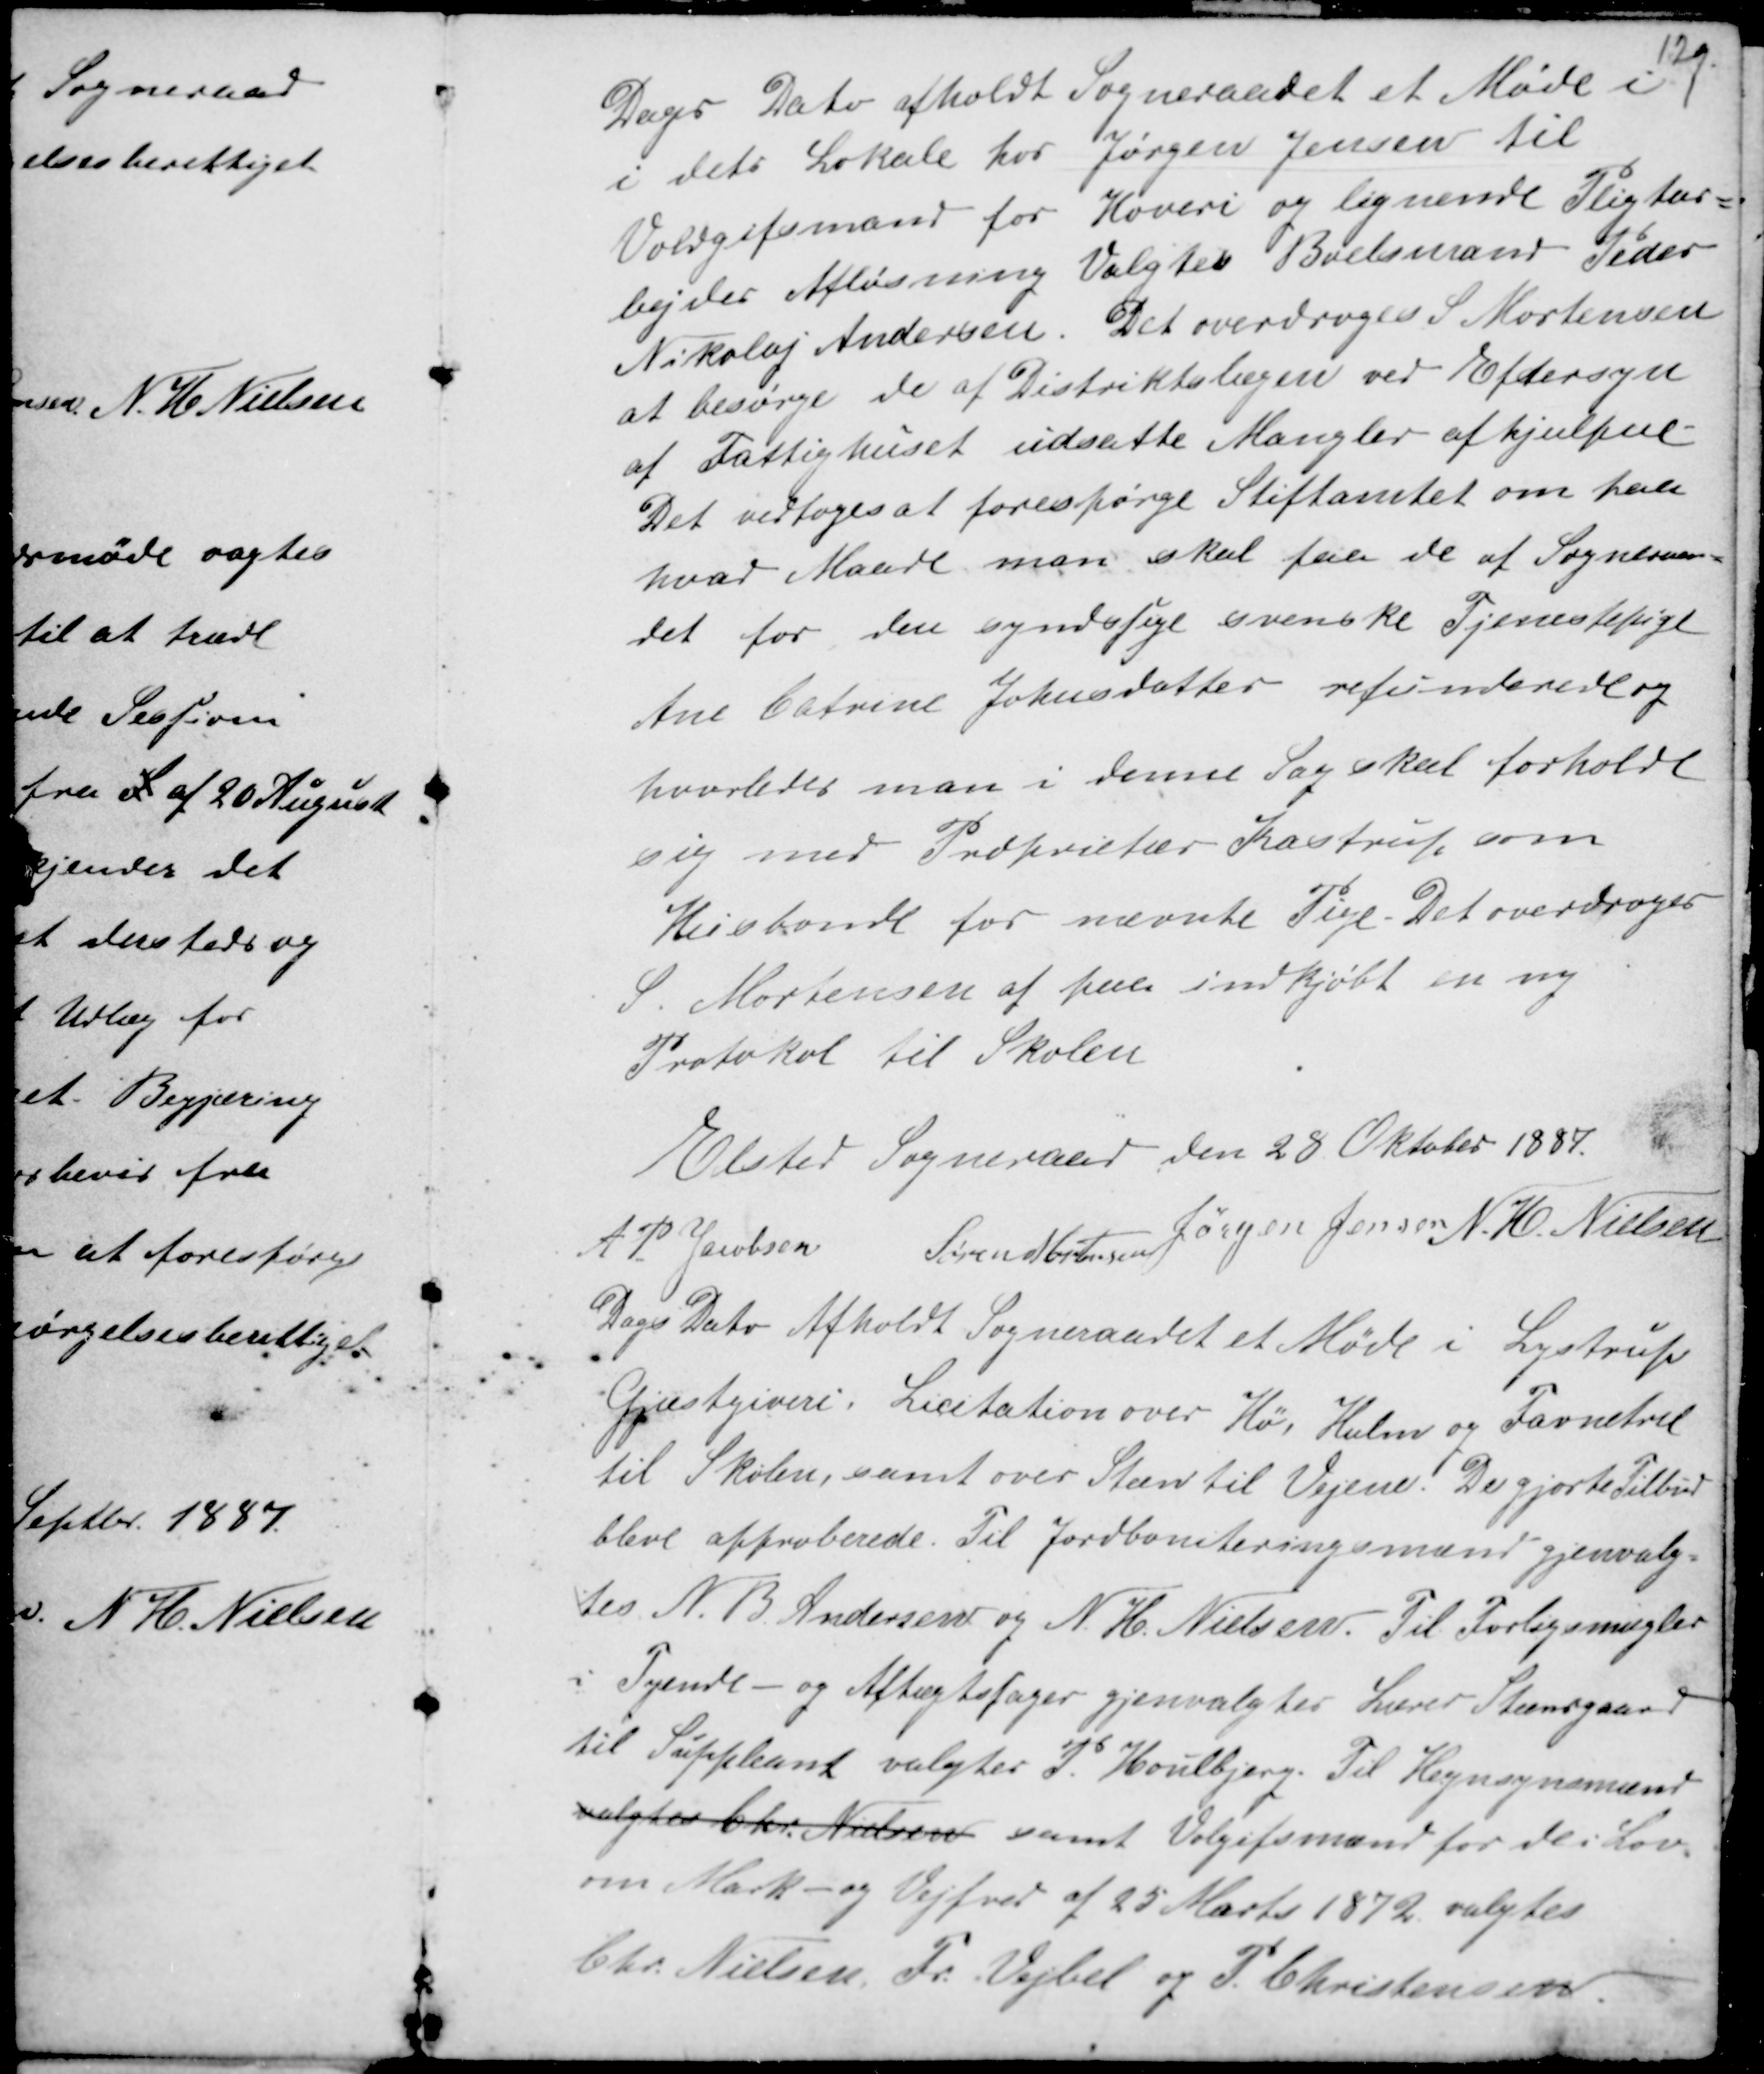
Transskription:
Dags Dato afholdt Sogneraadet et Møde i
i dets Lokale hos Jørgen Jensen til
Voldgiftsmand for Hoveri og lignende Pligtar-
bejder Afløsning Valgtes Boelsmand Peder
Nikolaj Andersen. Det overdroges S Mortensen
at besørge de af Distriktslægen ved Eftersyn
af Fattighuset udsatte Mangler afhjulpne.
Det vedtoges at forespørge Stiftamtet om paa
hvad Maade man skal faa de af Sogneraa-
det for den syndssige svenske Tjenestepige
Ane Catrine Johnsdatter refunderede og
hvorledes man i denne Sag skal forholde
sig med Proprietær Kastrup som
Husbonde for nævnte Pige. Det overdroges
S. Mortensen af faa indkjøbt en ny
Protokol til Skolen

Elsted Sogneraad den 28 Oktober 1887.
A P Jacobsen Søren Mortensen Jørgen Jensen N. H. Nielsen

Dags Dato Afholdt Sogneraadet et Møde i Lystrup
Gjæstgiveri. Licitation over Hø, Halm og Favnetræ
til Skolen, samt over Steen til Vejene. De gjorte Tilbud
bleve approberede. Til Jordboniteringsmand gjenvalg-
tes N. B. Andersen og N. H. Nielsen. Til Forligsmæler
i Tyende- og Aftægtsager gjenvalgtes Lærer Steensgaard
til Suppleant valgtes P. Houlbjerg. Til Hegnsynsmænd
valgtes Chr. Nielsen samt Voldgiftsmand for de i Lov
om Mark- og Vejfred af 25 Marts 1872 valgtes
Chr. Nielsen Fr. Vejbel og P. Christensen.